Scottish Leaving Certificate Examination, 1956
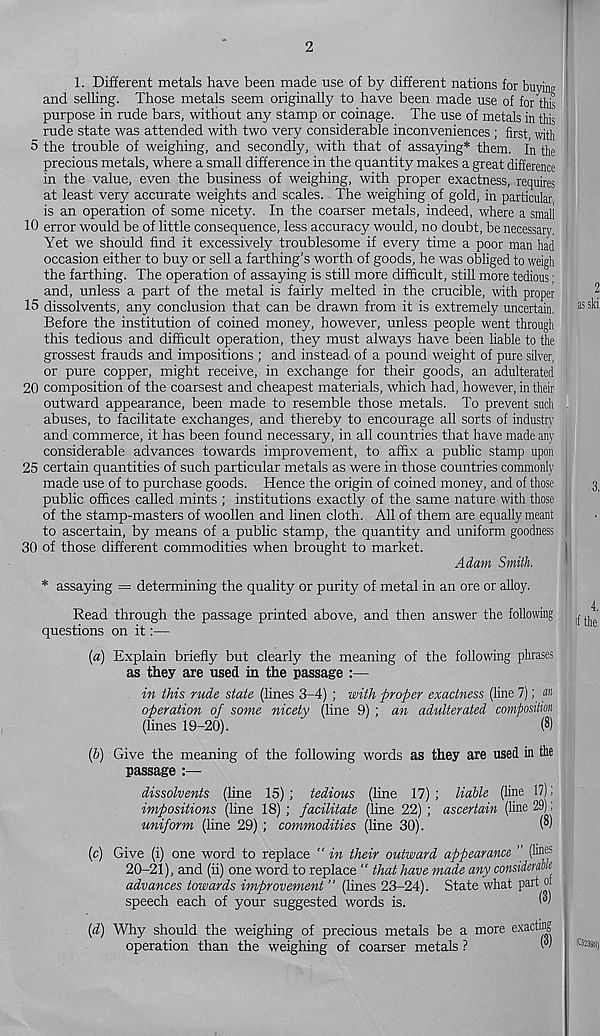
2
1. Different metals have been made use of by different nations for buyim?
and selling. Those metals seem originally to have been made use of for this
purpose in rude bars, without any stamp or coinage. The use of metals in this
rude state was attended with two very considerable inconveniences ; first with
5 the trouble of weighing, and secondly, with that of assaying* them. In the
precious metals, where a small difference in the quantity makes a great difference
in the value, even the business of weighing, with proper exactness, requires
at least very accurate weights and scales. The weighing of gold, in particular
is an operation of some nicety. In the coarser metals, indeed, where a small
10 error would be of little consequence, less accuracy would, no doubt, be necessary.
Yet we should find it excessively troublesome if every time a poor man had
occasion either to buy or sell a farthing’s worth of goods, he was obliged to weigh
the farthing. The operation of assaying is still more difficult, still more tedious;
and, unless a part of the metal is fairly melted in the crucible, with proper
15 dissolvents, any conclusion that can be drawn from it is extremely uncertain.
Before the institution of coined money, however, unless people went through
this tedious and difficult operation, they must always have been liable to the
grossest frauds and impositions ; and instead of a pound weight of pure silver,
or pure copper, might receive, in exchange for their goods, an adulterated
20 composition of the coarsest and cheapest materials, which had, however, in their
outward appearance, been made to resemble those metals. To prevent sudi
abuses, to facilitate exchanges, and thereby to encourage all sorts of industry
and commerce, it has been found necessary, in all countries that have made any
considerable advances towards improvement, to affix a public stamp upon
25 certain quantities of such particular metals as were in those countries commonly
made use of to purchase goods. Hence the origin of coined money, and of those
public offices called mints ; institutions exactly of the same nature with those
of the stamp-masters of woollen and linen cloth. All of them are equally meant
to ascertain, by means of a public stamp, the quantity and uniform goodness
30 of those different commodities when brought to market.
Adam Smith.
* assaying = determining the quality or purity of metal in an ore or alloy.
Read through the passage printed above, and then answer the following
questions on it:—
(a) Explain briefly but clearly the meaning of the following phrases
as they are used in the passage :—
in this rude state (lines 3-4) ; with proper exactness (line 7); «
operation of some nicety (line 9) ; an adulterated composition
(lines 19-20).
(8)
(b) Give the meaning of the following words as they are used in the
passage :—
dissolvents (line 15) ; tedious (line 17) ; liable (line 17);
impositions (line 18) ; facilitate (line 22) ; ascertain (line 29);
uniform (line 29) ; commodities (line 30).
(c) Give (i) one word to replace " in their outward appearance ” (hnes
20-21), and (ii) one word to replace “ that have made any considerable
advances towards improvement ” (lines 23-24). State what part oj
speech each of your suggested words is.
(d) Why should the weighing of precious metals be a more e xactin S
operation than the weighing of coarser metals ?